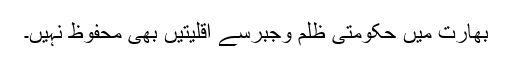
بھارت میں حکومتی ظلم وجبرسے اقلیتیں بھی محفوظ نہیں۔